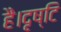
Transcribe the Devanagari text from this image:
हैं।दृष्टि